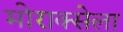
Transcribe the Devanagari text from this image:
मोराक्सेला